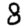
Digit: 8